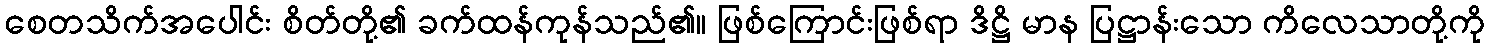
စေတသိက်အပေါင်း စိတ်တို့၏ ခက်ထန်ကုန်သည်၏။ ဖြစ်ကြောင်းဖြစ်ရာ ဒိဋ္ဌိ မာန ပြဋ္ဌာန်းသော ကိလေသာတို့ကို